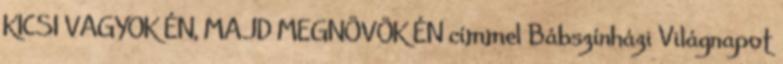
KICSI VAGYOK ÉN, MAJD MEGNÖVÖK ÉN címmel Bábszínházi Világnapot